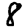
Digit: 8